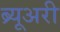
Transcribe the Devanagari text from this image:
ब्र्यूअरी